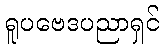
ရူပဗေဒပညာရှင်